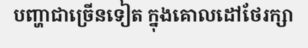
បញ្ហាជាច្រើនទៀត ក្នុងគោលដៅថែរក្សា